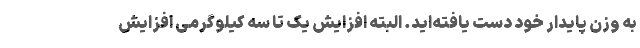
به وزن پایدار خود دست یافته‌اید. البته افزایش یک تا سه کیلوگرمی افزایش